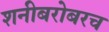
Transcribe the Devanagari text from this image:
शनीबरोबरच